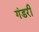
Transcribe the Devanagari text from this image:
गंडरी